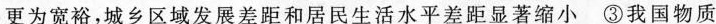
更为宽裕，城乡区域发展差距和居民生活水平差距显著缩小③我国物质